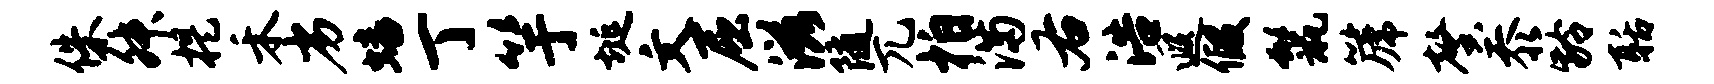
侏舛提禾劣蟠丁竽埏文屈滋随兀拍满右浩遐假鬣篪馨忝龄聒